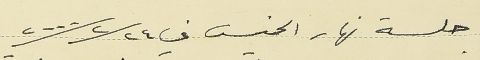
جلسة نهار الخميس في ٢٠٠٠/٢/٢٤